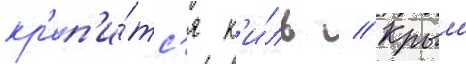
кр'еп'и́тс'я к'и́ль // Крыло